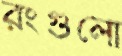
রংগুলো